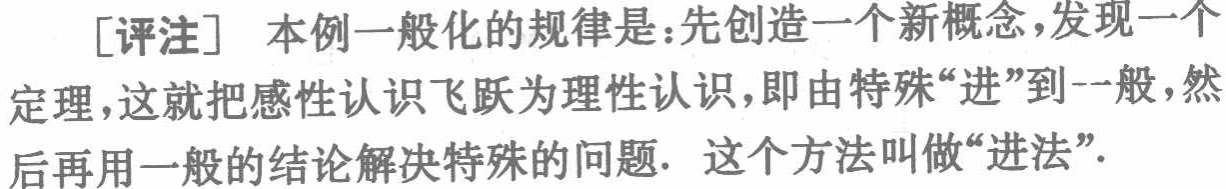
[评注] 本例一般化的规律是：先创造一个新概念，发现一个定理，这就把感性认识飞跃为理性认识，即由特殊“进”到一般，然后再用一般的结论解决特殊的问题. 这个方法叫做“进法”.